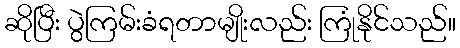
ဆိုပြီး ပွဲကြမ်းခံရတာမျိုးလည်း ကြုံနိုင်သည်။